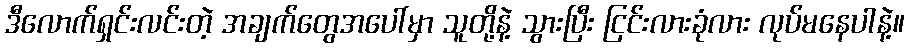
ဒီလောက်ရှင်းလင်းတဲ့ အချက်တွေအပေါ်မှာ သူတို့နဲ့ သွားပြီး ငြင်းလားခုံလား လုပ်မနေပါနဲ့။